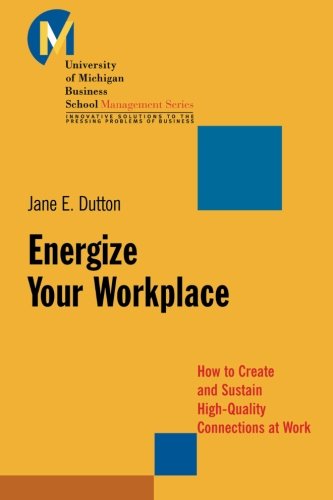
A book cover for Energize Your Workplace: How to Create and Sustain High-Quality Connections at Work; Jane E. Dutton; Business & Money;